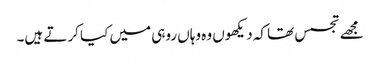
مجھے تجسس تھا کہ دیکھوں وہ وہاں روہی میں کیا کرتے ہیں۔